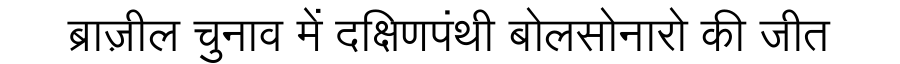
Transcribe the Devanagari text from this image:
ब्राज़ील चुनाव में दक्षिणपंथी बोलसोनारो की जीत